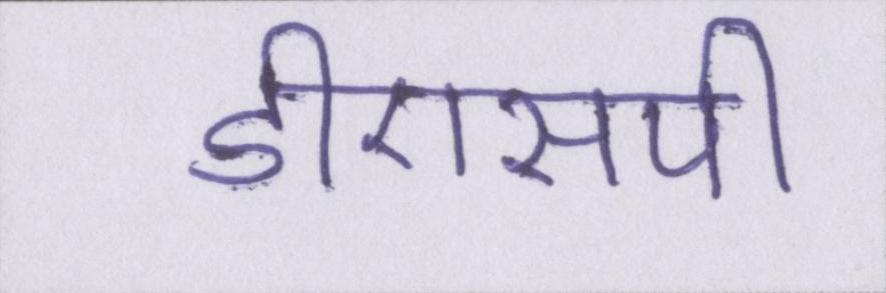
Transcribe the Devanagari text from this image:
डीएसपी